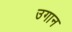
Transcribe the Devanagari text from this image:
उगान